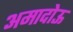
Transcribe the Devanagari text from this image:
अमादोऊ